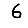
Digit: 6